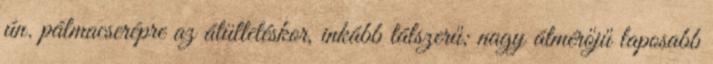
ún. pálmacserépre az átültetéskor, inkább tálszerű; nagy átmérőjű laposabb